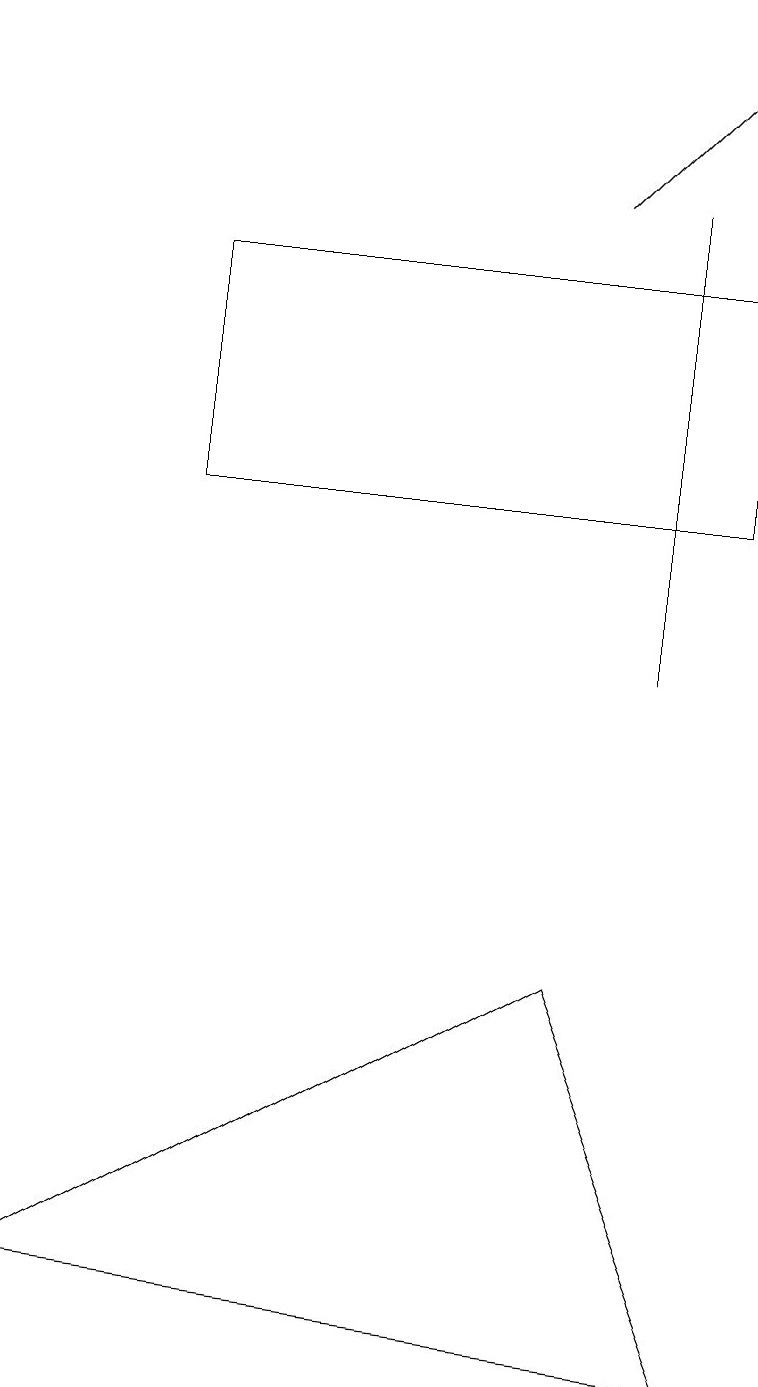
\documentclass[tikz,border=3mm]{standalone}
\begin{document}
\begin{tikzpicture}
\draw (2,13) rectangle (9,16);
\draw[->] (7,17) -- (9,19);
\draw (8,17) rectangle (8,11);
\draw (0,3) -- (7,7) -- (9,2) -- cycle;
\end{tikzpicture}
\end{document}